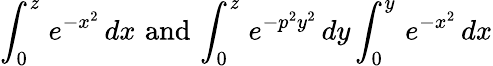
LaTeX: \int_{0}^{\mathit{z}}\, e^{-x^{2}}\, dx\, \, \mathrm{{and}}\, \int_{0}^{\mathit{z}}\, e^{-p^{2}y^{2}}\, dy\int_{0}^{y}\, e^{-x^{2}}\, dx